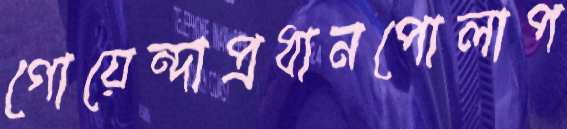
গোয়েন্দাপ্রধানপোলাপ